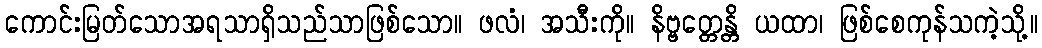
ကောင်းမြတ်သောအရသာရှိသည်သာဖြစ်သော။ ဖလံ၊ အသီးကို။ နိဗ္ဗတ္တေန္တိ ယထာ၊ ဖြစ်စေကုန်သကဲ့သို့။